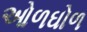
ઓળઘોળ